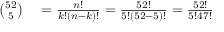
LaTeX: \begin{array} { r l } { { \binom { 5 2 } { 5 } } } & { { } = { \frac { n ! } { k ! ( n - k ) ! } } = { \frac { 5 2 ! } { 5 ! ( 5 2 - 5 ) ! } } = { \frac { 5 2 ! } { 5 ! 4 7 ! } } } \end{array}